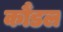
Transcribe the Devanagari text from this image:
कौंडल